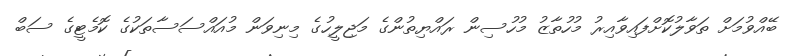
ބޭއްވުމަށް ތަވާލުކޮށްފައިވާއިރު މުހުތާޒު މުހުސިން ރައްޔިތުންގެ މަޖިލީހުގެ މިނިވަން މުއައްސަސާތަކުގެ ކޮމެޓީގެ ސަބް